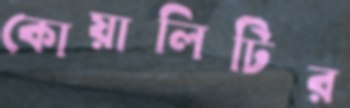
কোয়ালিটির